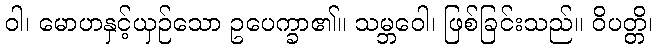
ဝါ၊ မောဟနှင့်ယှဉ်သော ဥပေက္ခာ၏။ သမ္ဘဝေါ၊ ဖြစ်ခြင်းသည်။ ဝိပတ္တိ၊